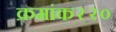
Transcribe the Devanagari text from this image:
क्रमांक२२०